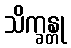
သိက္ခန္တု